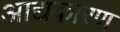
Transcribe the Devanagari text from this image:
आद्यकारण